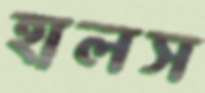
হালস